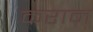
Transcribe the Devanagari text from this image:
कराम